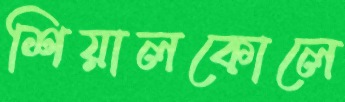
শিয়ালকোলে